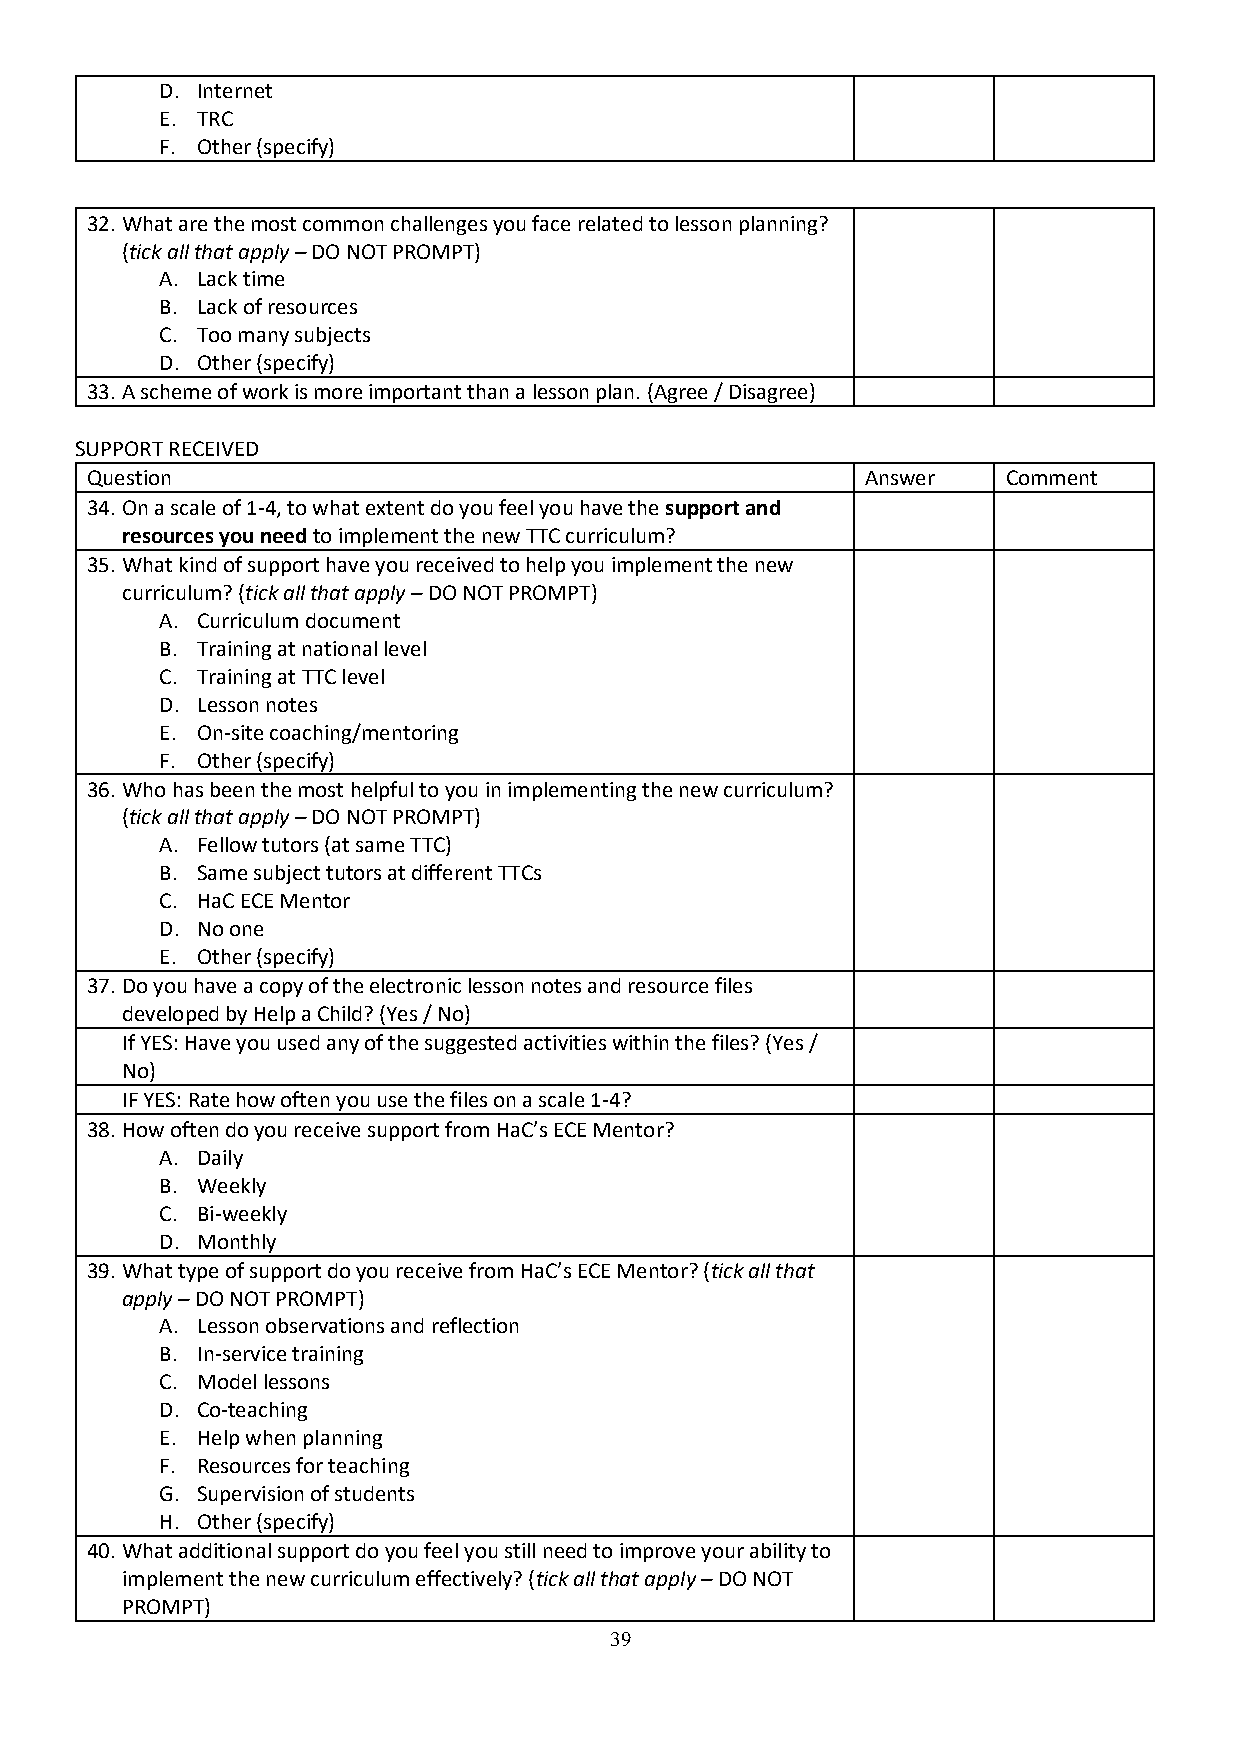
D. Internet
 E. TRC
 F. Other (specify)
 32. What are the most common challenges you face related to lesson planning?
 (tick all that apply – DO NOT PROMPT)
 A. Lack time
 B. Lack of resources
 C. Too many subjects
 D. Other (specify)
 33. A scheme of work is more important than a lesson plan. (Agree / Disagree)
 SUPPORT RECEIVED
 Question                                           Answer    Comment
 34. On a scale of 1-4, to what extent do you feel you have the support and
 resources you need to implement the new TTC curriculum?
 35. What kind of support have you received to help you implement the new
 curriculum? (tick all that apply – DO NOT PROMPT)
 A. Curriculum document
 B. Training at national level
 C. Training at TTC level
 D. Lesson notes
 E. On-site coaching/mentoring
 F. Other (specify)
 36. Who has been the most helpful to you in implementing the new curriculum?
 (tick all that apply – DO NOT PROMPT)
 A. Fellow tutors (at same TTC)
 B. Same subject tutors at different TTCs
 C. HaC ECE Mentor
 D. No one
 E. Other (specify)
 37. Do you have a copy of the electronic lesson notes and resource files
 developed by Help a Child? (Yes / No)
 If YES: Have you used any of the suggested activities within the files? (Yes /
 No)
 IF YES: Rate how often you use the files on a scale 1-4?
 38. How often do you receive support from HaC’s ECE Mentor?
 A. Daily
 B. Weekly
 C. Bi-weekly
 D. Monthly
 39. What type of support do you receive from HaC’s ECE Mentor? (tick all that
 apply – DO NOT PROMPT)
 A. Lesson observations and reflection
 B. In-service training
 C. Model lessons
 D. Co-teaching
 E. Help when planning
 F. Resources for teaching
 G. Supervision of students
 H. Other (specify)
 40. What additional support do you feel you still need to improve your ability to
 implement the new curriculum effectively? (tick all that apply – DO NOT
 PROMPT)
 39